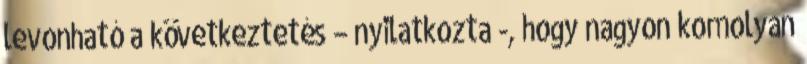
levonható a következtetés – nyilatkozta -, hogy nagyon komolyan